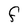
Character: F